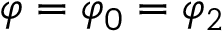
\varphi = \varphi _ { 0 } = \varphi _ { 2 }